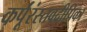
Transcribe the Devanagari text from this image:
कर्पूंरंस्तवदीपिका